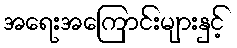
အရေးအကြောင်းများနှင့်